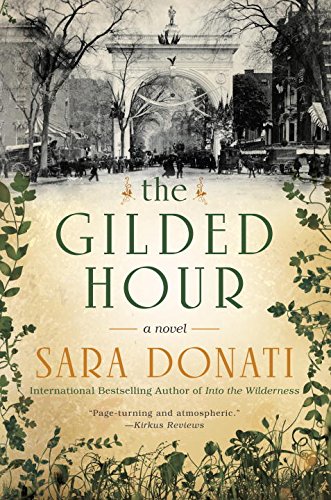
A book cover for The Gilded Hour; Sara Donati; Romance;